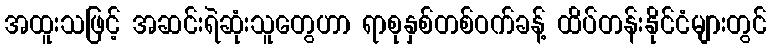
အထူးသဖြင့် အဆင်းရဲဆုံးသူတွေဟာ ရာစုနှစ်တစ်ဝက်ခန့် ထိပ်တန်းနိုင်ငံများတွင်